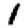
Digit: 1